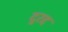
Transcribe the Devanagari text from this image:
दुरद्द